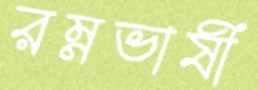
রম্নভাষী